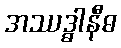
အဿဒ္ဓါနီဓ